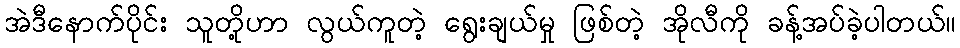
အဲဒီနောက်ပိုင်း သူတို့ဟာ လွယ်ကူတဲ့ ရွေးချယ်မှု ဖြစ်တဲ့ အိုလီကို ခန့်အပ်ခဲ့ပါတယ်။